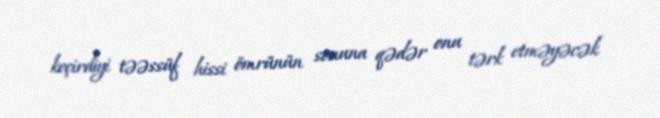
keçirdiyi təəssüf hissi ömrünün sonuna qədər onu tərk etməyəcək.